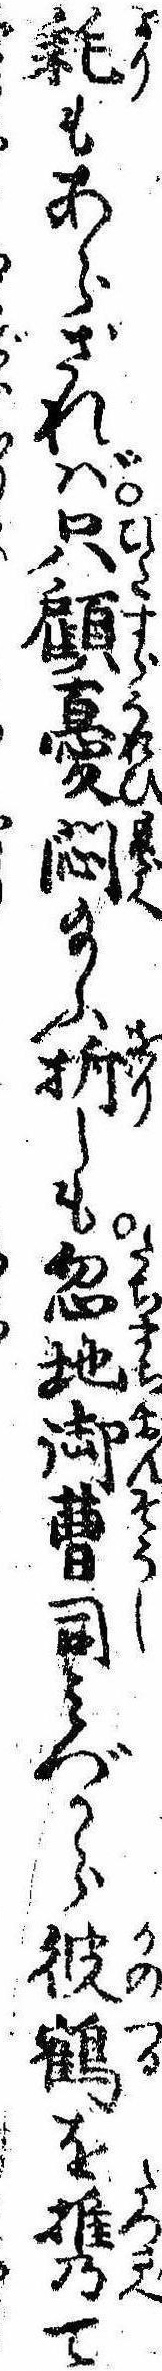
耗もあらざれば只顧憂悶給ふ折しも忽地御曹司みづから彼鶴を携て